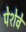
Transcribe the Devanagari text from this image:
पेशेवे